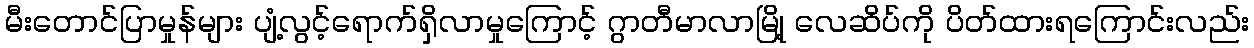
မီးတောင်ပြာမှုန်များ ပျံ့လွင့်ရောက်ရှိလာမှုကြောင့် ဂွာတီမာလာမြို့ လေဆိပ်ကို ပိတ်ထားရကြောင်းလည်း